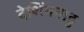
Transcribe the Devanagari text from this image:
देशिंगनाडु